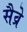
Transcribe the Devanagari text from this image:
सैव्रे